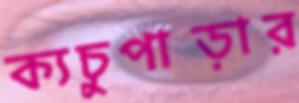
ক্যচুপাড়ার